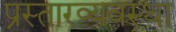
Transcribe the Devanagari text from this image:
प्रस्तारव्यवस्था